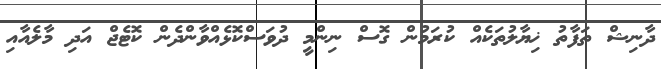
ދާނިޝް ތަފާތު ޚިޔާލުތަކެއް ކުރަމުން ގޮސް ނިންމީ ދުވަސްކޮޅެއްވާންދެން ކޮޓެޖް އަދި މާލެއާއި